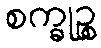
စက္ခုဉ္စ